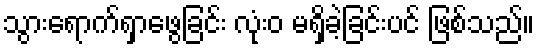
သွားရောက်ရှာဖွေခြင်း လုံးဝ မရှိခဲ့ခြင်းပင် ဖြစ်သည်။